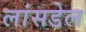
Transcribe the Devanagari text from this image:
लांसडेल